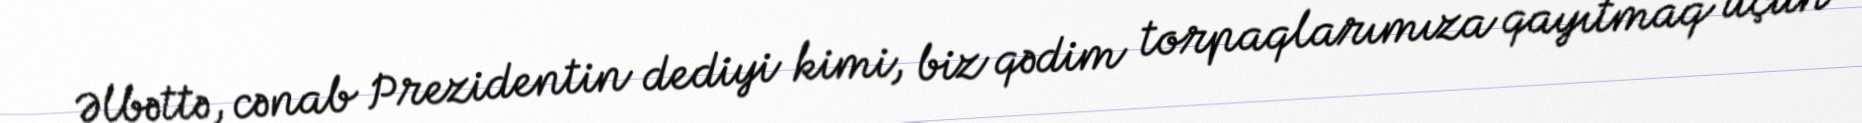
Əlbəttə, cənab Prezidentin dediyi kimi, biz qədim torpaqlarımıza qayıtmaq üçün